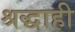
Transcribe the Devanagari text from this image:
श्रद्धाही